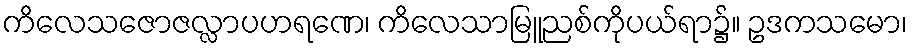
ကိလေသဇောဇလ္လာပဟရဏေ၊ ကိလေသာမြူညစ်ကိုပယ်ရာ၌။ ဥဒကသမော၊